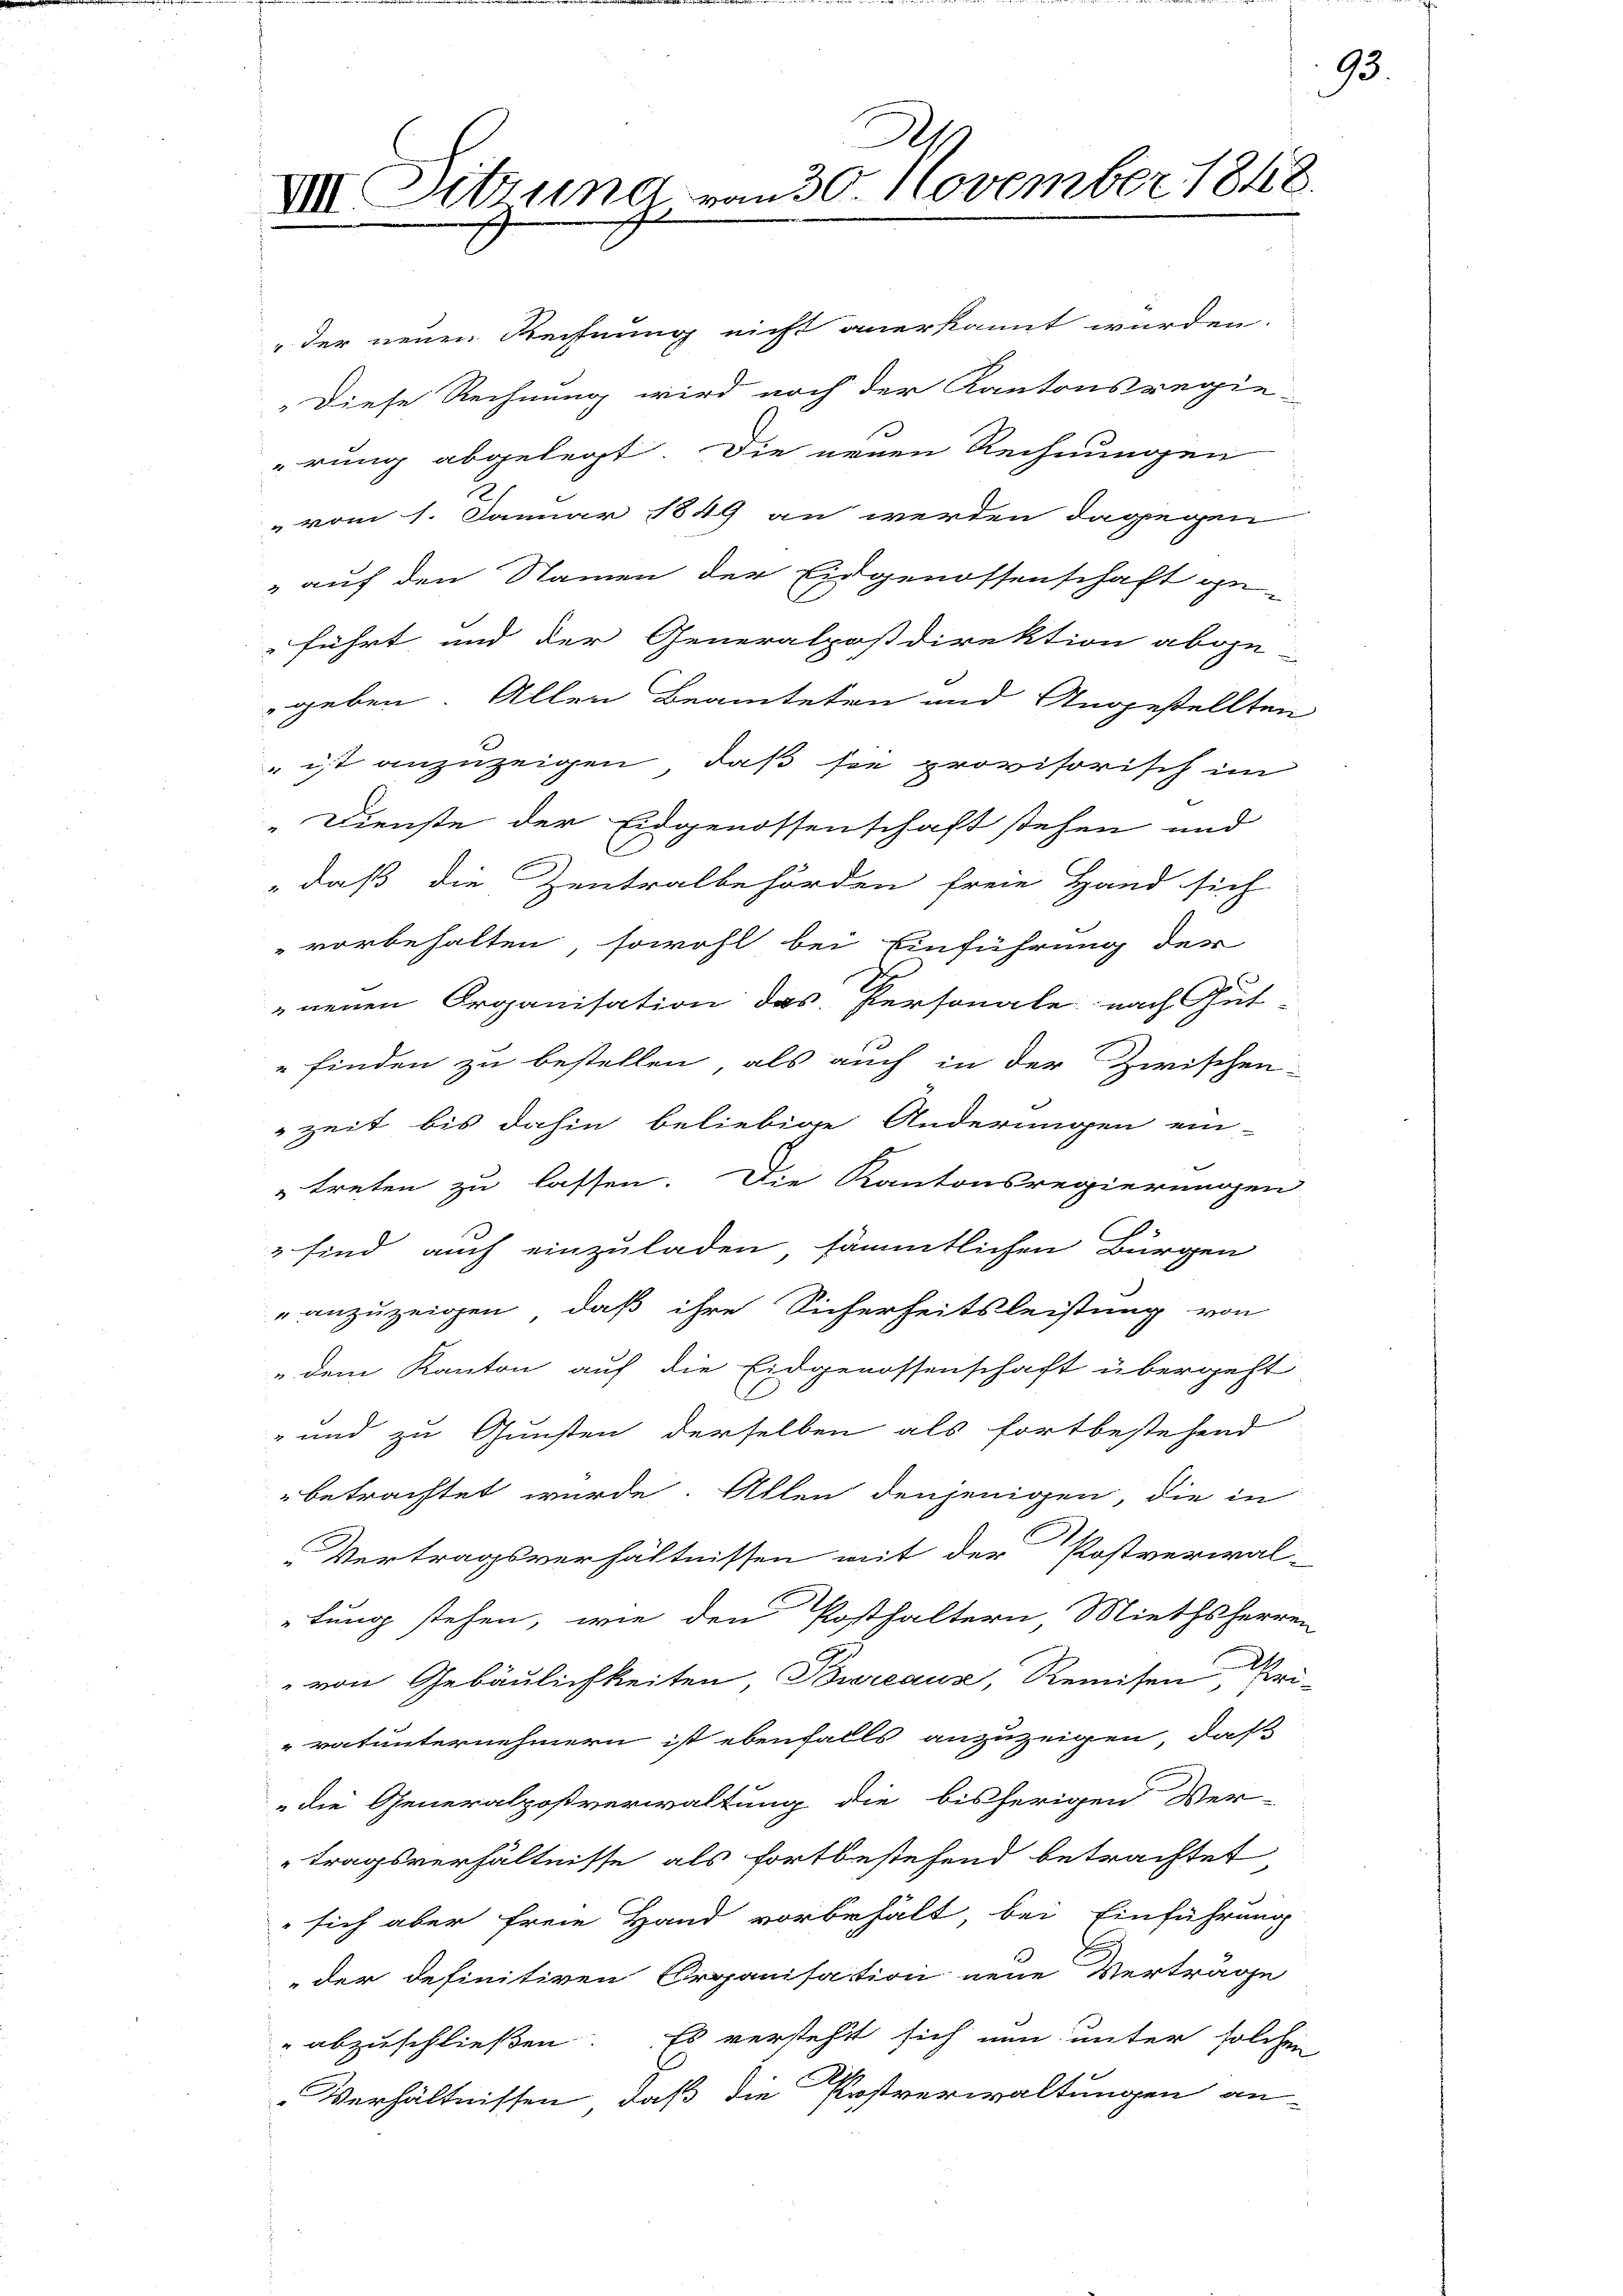
D.
VIII Ditzung von 30. November 1848.
.

"der neuen Rechnung nicht anerkannt wurden.
Diese Rechnung wird noch der Kantonsregie-
rung abgelegt. Die neuen Rechnungen
" vom 1. Januar 1849 an werden dagegen
" auf den Namen der Eidgenossenschaft ge-
führt und der Generalpostdirektion abge
geben. Allen Beamteten und Angestellten
" ist anzuzeigen, daß sie provisorisch im
Dienste der Eidgenossenschaft stehen und
" daß die Zentralbehörden freie Hand sich
vorbehalten, sowohl bei Einführung der
neuen Organisation das Personale nach Gut-
finden zu bestellen, als auch in der Zwischen
zeit bis dahin beliebige Änderungen ein-
treten zu lassen. Die Kantonsregierungen
 sind auch einzuladen sämmtlichen Bürgen
anzuzeigen, daß ihre Sicherheitsleistung von
dem Kanton auf die Eidgenossenschaft übergeht
" und zu Gunsten derselben als fortbestehend
betrachtet wurde. Allen denjenigen, die in
Vertragsverhältnissen mit der Postverwal-
lung stehen, wie den Posthaltern, Miethsherren
von Gebäulichkeiten Bureaux, Remisen, Priratunternehmern ist ebenfalls anzuzeigen, daß
die Generalpostverwaltung die bisherigen Ver-
tragsverhältnisse als fortbestehend betrachtet
sich aber freie Hand vorbehält, bei Einführung
der definitiven Organisation neue Vertrage
 abzuschließen. Es versteht sich nun unter solchen
I
Verhältnissen, daß die Postverwaltungen an-

93.